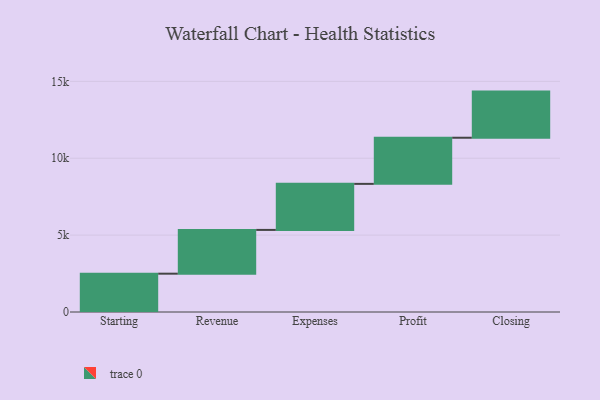
{"axis": {"x": "Step", "y": "Value"}, "legend": [""], "data": [{"x": "Starting", "y": 2492.0, "type": ""}, {"x": "Revenue", "y": 2846.0, "type": ""}, {"x": "Expenses", "y": 2994.0, "type": ""}, {"x": "Profit", "y": 3000, "type": ""}, {"x": "Closing", "y": 3000, "type": ""}]}